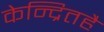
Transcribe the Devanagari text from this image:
केन्द्रितहै